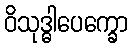
ဝိသုဒ္ဓါပေက္ခော